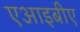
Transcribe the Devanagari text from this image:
एआइबीए